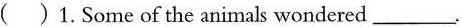
( )1. Some of the animals wondered___.